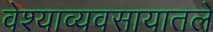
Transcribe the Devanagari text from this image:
वेश्याव्यवसायातले